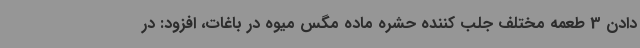
دادن 3 طعمه مختلف جلب کننده حشره ماده مگس میوه در باغات، افزود: در